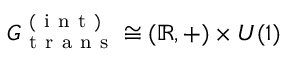
G _ { \mathrm { ~ t ~ r ~ a ~ n ~ s ~ } } ^ { \mathrm { ~ ( ~ i ~ n ~ t ~ ) ~ } } \cong ( \mathbb { R } , + ) \times U ( 1 )